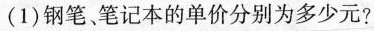
(1)钢笔、笔记本的单价分别为多少元?